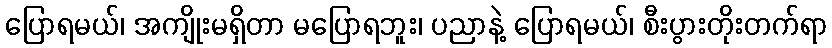
ပြောရမယ်၊ အကျိုးမရှိတာ မပြောရဘူး၊ ပညာနဲ့ ပြောရမယ်၊ စီးပွားတိုးတက်ရာ